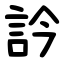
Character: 訡